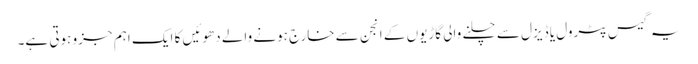
یہ گیس پٹرول یا ڈیزل سے چلنے والی گاڑیوں کے انجن سے خارج ہونے والے دھوئیں کا ایک اہم جزو ہوتی ہے۔